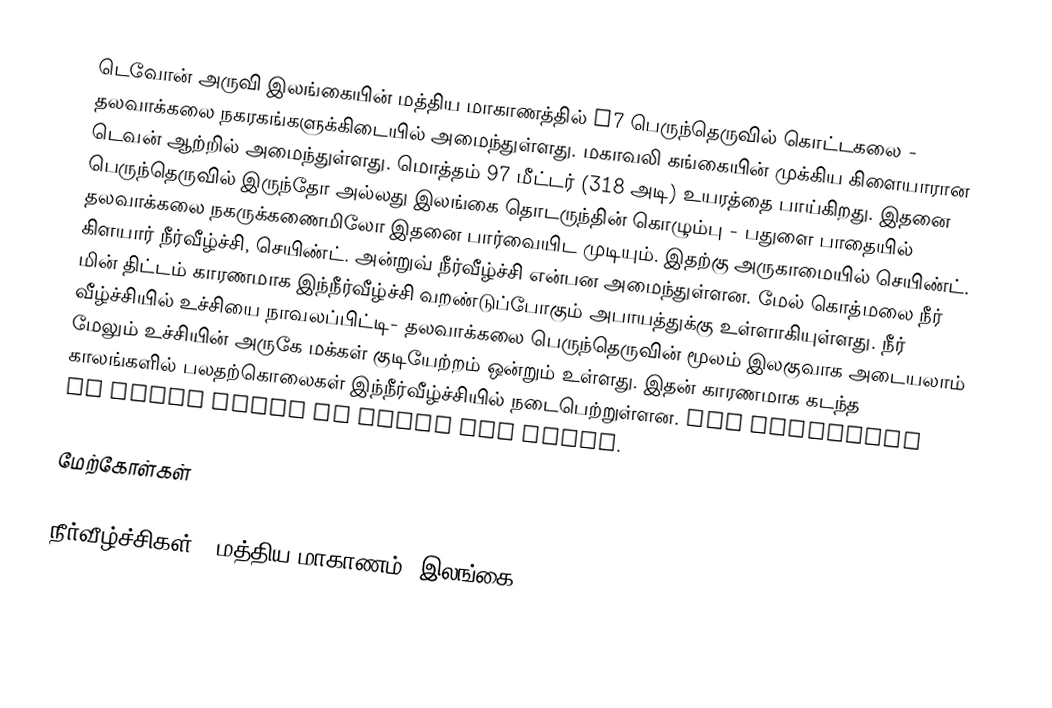
டெவோன் அருவி இலங்கையின் மத்திய மாகாணத்தில்  A7 பெருந்தெருவில் கொட்டகலை - தலவாக்கலை நகரகங்களுக்கிடையில் அமைந்துள்ளது. மகாவலி கங்கையின் முக்கிய கிளையாரான டெவன் ஆற்றில் அமைந்துள்ளது. மொத்தம் 97 மீட்டர் (318 அடி) உயரத்தை பாய்கிறது. இதனை பெருந்தெருவில் இருந்தோ அல்லது இலங்கை தொடருந்தின் கொழும்பு - பதுளை பாதையில் தலவாக்கலை நகருக்கணைமிலோ இதனை பார்வையிட முடியும். இதற்கு அருகாமையில் செயிண்ட். கிளயார் நீர்வீழ்ச்சி, செயிண்ட். அன்றுவ் நீர்வீழ்ச்சி என்பன அமைந்துள்ளன. மேல் கொத்மலை நீர் மின்  திட்டம் காரணமாக இந்நீர்வீழ்ச்சி வறண்டுப்போகும் அபாயத்துக்கு உள்ளாகியுள்ளது. நீர் வீழ்ச்சியில் உச்சியை நாவலப்பிட்டி- தலவாக்கலை பெருந்தெருவின் மூலம் இலகுவாக அடையலாம் மேலும் உச்சியின் அருகே மக்கள் குடியேற்றம் ஒன்றும் உள்ளது. இதன் காரணமாக கடந்த காலங்களில் பலதற்கொலைகள் இந்நீர்வீழ்ச்சியில் நடைபெற்றுள்ளன. The elevation of Devon Falls is  above sea level.

மேற்கோள்கள்

நீர்வீழ்ச்சிகள் - மத்திய மாகாணம், இலங்கை